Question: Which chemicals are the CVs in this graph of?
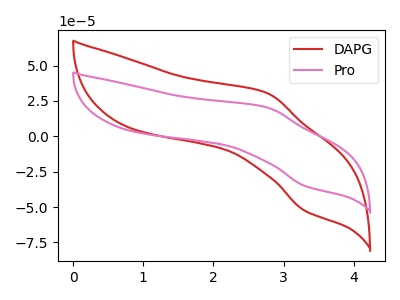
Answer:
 <answer>The red curve is labeled "DAPG". The pink curve is labeled "Pro".</answer>
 <eval></eval>